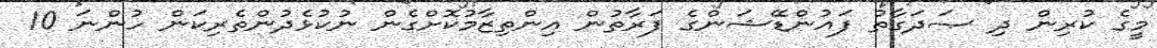
މީގެ ކުރިން ދި ޞަދަގާތު ފައުންޑޭޝަންގެ ފަރާތުން އިންތިޒާމުކޮށްގެން ނުކުޅެދުންތެރިކަން ހުންނަ 10